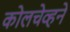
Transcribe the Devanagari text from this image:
कोलचेव्हने